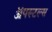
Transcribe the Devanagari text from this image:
ॲपस्टल्स